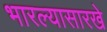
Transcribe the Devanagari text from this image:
भारल्यासारखे